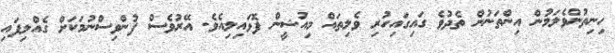
ހިނިތުންވެލަމުން އިންތަނުން ތެދުވެ ގައިގައިހުރި ވެލިތައް މިއުޝީން ފޮޅައިލިއެވެ. އޭރުވެސް ފުންވިސްނުމަކަށް ގެއްލިފައި